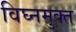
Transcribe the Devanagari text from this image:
विघ्नमुक्त